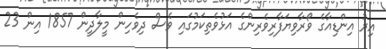
އިރު އިންޑިއާގެ ވޯރާވިޔަފާރިވެރިންގެ އަޅުވެތިކަމުގައި ވެސް ދިވެހިން މީލާދީން 1857 އިން 23